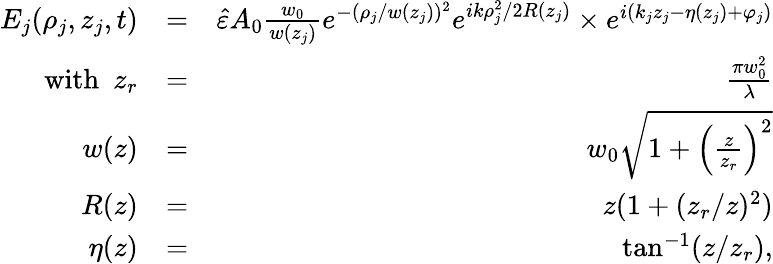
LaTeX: \begin{array}{rlr}{E_{j}(\rho_{j},z_{j},t)}&{=}&{\hat{\varepsilon}A_{0}\frac{w_{0}}{w(z_{j})}e^{-(\rho_{j}/w(z_{j}))^{2}}e^{ik\rho_{j}^{2}/2R(z_{j})}\times e^{i(k_{j}z_{j}-\eta(z_{j})+\varphi_{j})}}\\ {\mathrm{with}~~z_{r}}&{=}&{\frac{\pi w_{0}^{2}}{\lambda}}\\ {w(z)}&{=}&{w_{0}\sqrt{1+\left(\frac{z}{z_{r}}\right)^{2}}}\\ {R(z)}&{=}&{z(1+(z_{r}/z)^{2})}\\ {\eta(z)}&{=}&{\tan^{-1}(z/z_{r}),}\end{array}